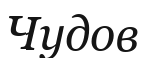
Чудов